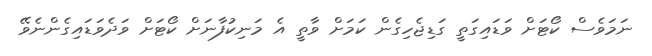
ނަމަވެސް ކޯޓަށް ވަޑައިގަތީ ގަޑިޖެހިގެން ކަމަށް ވާތީ އެ މަނިކުފާނަށް ކޯޓަށް ވަދެވަޑައިގެންނެވޭ